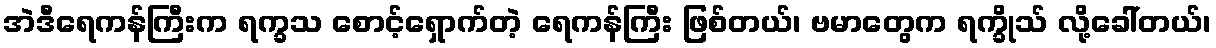
အဲဒီရေကန်ကြီးက ရက္ခသ စောင့်ရှောက်တဲ့ ရေကန်ကြီး ဖြစ်တယ်၊ ဗမာတွေက ရက္ခိုသ် လို့ခေါ်တယ်၊